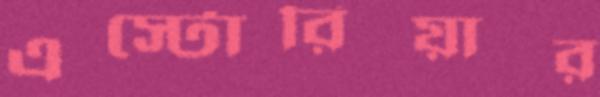
এস্টোরিয়ার